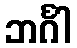
ဘင်္ဂါ